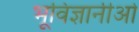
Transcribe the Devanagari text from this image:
भूविज्ञानीओँ